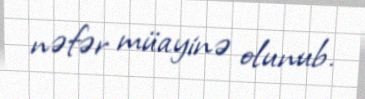
nəfər müayinə olunub.